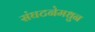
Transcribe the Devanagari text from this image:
संघटनेमधुन